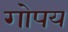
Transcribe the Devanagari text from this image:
गोपय